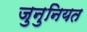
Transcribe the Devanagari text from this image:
जुनुनियत